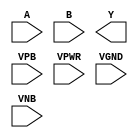
module sky130_fd_sc_ms__xnor2 (
    //# {{data|Data Signals}}
    input  A   ,
    input  B   ,
    output Y   ,

    //# {{power|Power}}
    input  VPB ,
    input  VPWR,
    input  VGND,
    input  VNB
);
endmodule